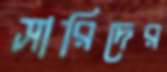
সারিদের